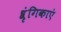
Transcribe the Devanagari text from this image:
श्रृंगिकाएं